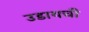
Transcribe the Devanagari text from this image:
उडायची